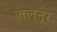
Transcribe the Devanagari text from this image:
ज़लनूर